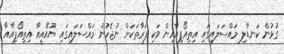
ގުޅުން ކަނޑާލި މައްސަލައިގައި އިތިއޯޕިއާއިން ވަކި ފަރާތަކަށް ނުޖެހުނު މައްސަލައިގައި ޔޫއޭއީއާ އިތިއޯޕިއާއާ